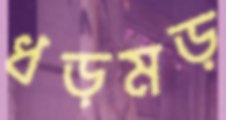
ধড়মড়